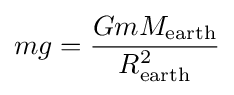
mg={\frac {GmM_{\rm {earth}}}{R_{\rm {earth}}^{2}}}